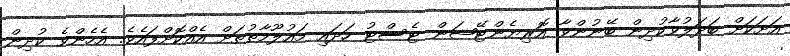
އަށަކަށް ބަދަލުވާކުދިން ބޭނުންވާ އޮރިޔެންޓޭޝަން ޓެސްޓު ހަދައި މައުލޫމާތުތަށް އެއްކޮށްފައެވެ. އެހެންވެ ކުދިން